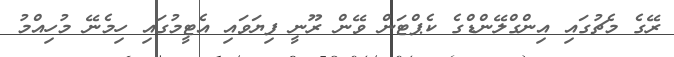
ރޭގެ މެޗުގައި އިންގްލޭންޑްގެ ކެޕްޓަން ވޭން ރޫނީ ފިޔަވައި އެޓީމުގައި ހިމެނޭ މުހިއްމު